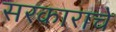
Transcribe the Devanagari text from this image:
सरकाराचे